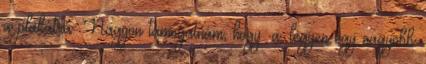
a plakátra. Nagyon támogatnám, hogy: a. legyen egy nagyobb